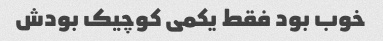
خوب بود فقط یکمی کوچیک بودش